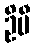
ဦမီ